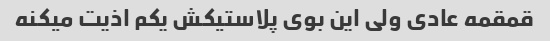
قمقمه عادی ولی این بوی پلاستیکش یکم اذیت میکنه